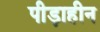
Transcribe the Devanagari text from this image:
पीड़ाहीन